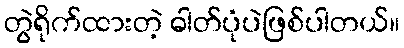
တွဲရိုက်ထားတဲ့ ဓါတ်ပုံပဲဖြစ်ပါတယ်။